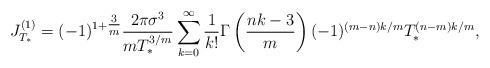
LaTeX: \begin{align*}J_{T_{*}}^{(1)} = (-1)^{1+\tfrac{3}{m}} \frac{2 \pi \sigma^{3}}{m T_{*}^{3/m}}\sum_{k=0}^{\infty} \frac{1}{k!} \Gamma \left( \frac{nk-3}{m} \right) (-1)^{(m-n)k/m} T_{*}^{(n-m)k/m},\end{align*}